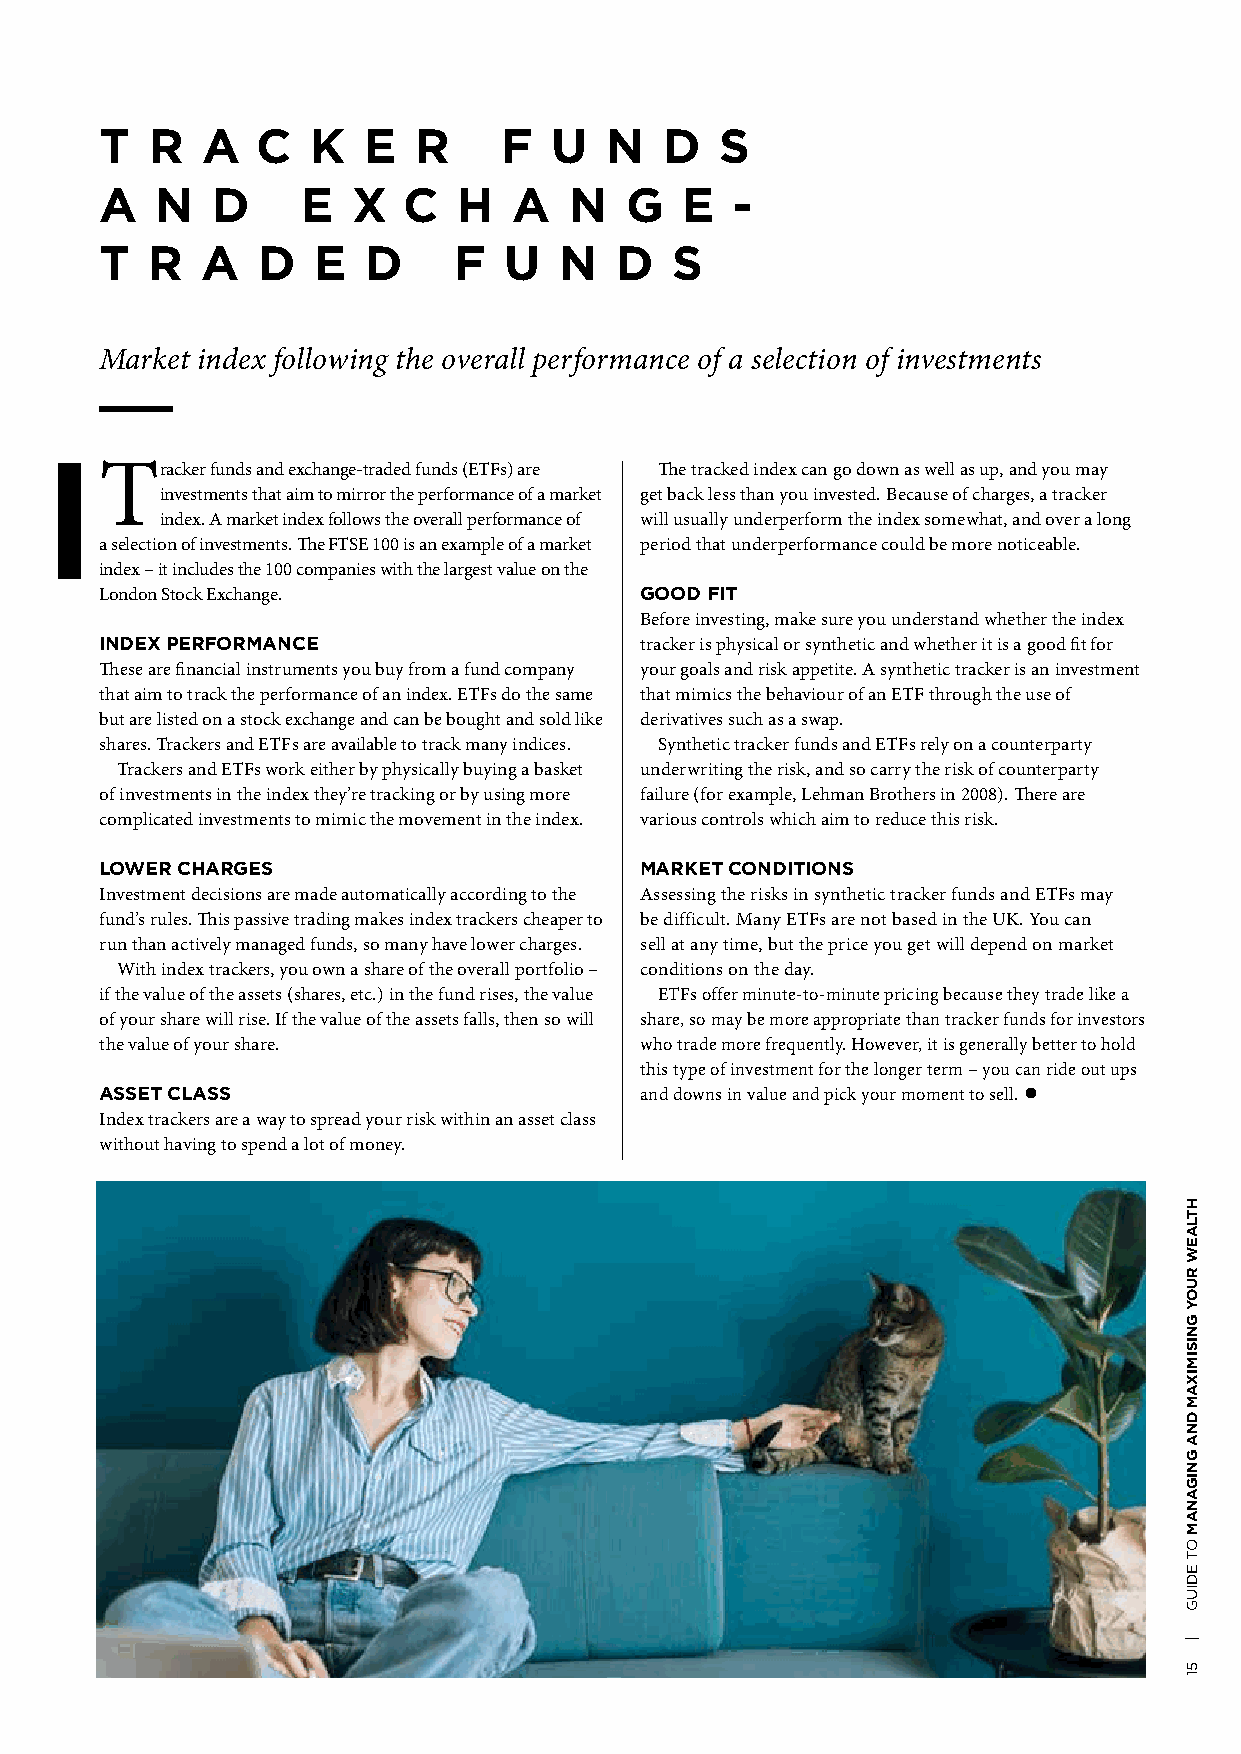
T  R  A   C   K  E  R     F   U  N   D   S
 A  N   D     E  X   C  H   A   N  G   E   -
 T  R  A   D   E  D     F  U   N   D  S
 Market index following the overall performance of a selection of investments
 Tracker funds and exchange-traded funds (ETFs) are The tracked index can go down as well as up, and you may
 investments that aim to mirror the performance of a market get back less than you invested. Because of charges, a tracker
 index. A market index follows the overall performance of will usually underperform the index somewhat, and over a long
 a selection of investments. The FTSE 100 is an example of a market period that underperformance could be more noticeable.
 index – it includes the 100 companies with the largest value on the
 London Stock Exchange.             GOOD FIT
 Before investing, make sure you understand whether the index
 INDEX PERFORMANCE                  tracker is physical or synthetic and whether it is a good fit for
 These are financial instruments you buy from a fund company your goals and risk appetite. A synthetic tracker is an investment
 that aim to track the performance of an index. ETFs do the same that mimics the behaviour of an ETF through the use of
 but are listed on a stock exchange and can be bought and sold like derivatives such as a swap.
 shares. Trackers and ETFs are available to track many indices. Synthetic tracker funds and ETFs rely on a counterparty
 Trackers and ETFs work either by physically buying a basket underwriting the risk, and so carry the risk of counterparty
 of investments in the index they’re tracking or by using more failure (for example, Lehman Brothers in 2008). There are
 complicated investments to mimic the movement in the index. various controls which aim to reduce this risk.
 LOWER CHARGES                      MARKET CONDITIONS
 Investment decisions are made automatically according to the Assessing the risks in synthetic tracker funds and ETFs may
 fund’s rules. This passive trading makes index trackers cheaper to be difficult. Many ETFs are not based in the UK. You can
 run than actively managed funds, so many have lower charges. sell at any time, but the price you get will depend on market
 With index trackers, you own a share of the overall portfolio – conditions on the day.
 if the value of the assets (shares, etc.) in the fund rises, the value ETFs offer minute-to-minute pricing because they trade like a
 of your share will rise. If the value of the assets falls, then so will share, so may be more appropriate than tracker funds for investors
 the value of your share.           who trade more frequently. However, it is generally better to hold
 this type of investment for the longer term – you can ride out ups
 ASSET CLASS                        and downs in value and pick your moment to sell. l
 Index trackers are a way to spread your risk within an asset class
 without having to spend a lot of money.
 HTLAEW
 RUOY
 GNISIMIXAM
 DNA
 GNIGANAM
 OT
 EDIUG
 |
 51